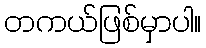
တကယ်ဖြစ်မှာပါ။